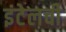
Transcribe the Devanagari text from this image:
इंटेलची